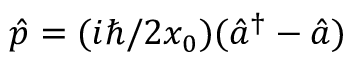
\hat { p } = ( i \hbar / 2 x _ { 0 } ) ( \hat { a } ^ { \dag } - \hat { a } )